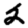
Digit: 2